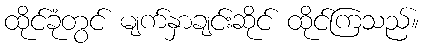
ထိုင်ခုံတွင် မျက်နှာချင်းဆိုင် ထိုင်ကြသည်။